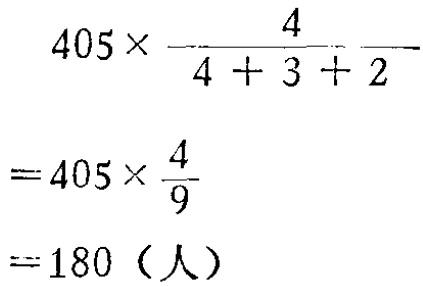
\[
\begin{align*}
&405\times\frac{4}{4 + 3 + 2}\\
=&405\times\frac{4}{9}\\
=&180（人）
\end{align*}
\]